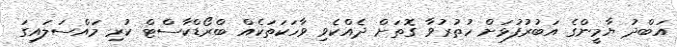
އަބްދު ޔާމީންގެ އަބުރުފުޅަށް ހުތުރުވާ ގޮތަށް ދެއްކެވި ވާހަކަތަކެއް ބްރޯޑްކާސްޓް ކުރި މައްސަލައިގަ